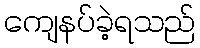
ကျေနပ်ခဲ့ရသည်